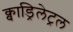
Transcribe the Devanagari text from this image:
क्वाड्रिलेट्रल